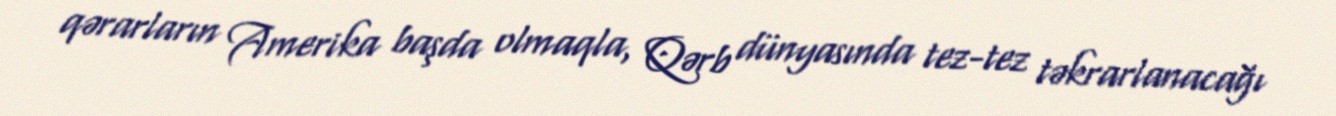
qərarların Amerika başda olmaqla, Qərb dünyasında tez-tez təkrarlanacağı